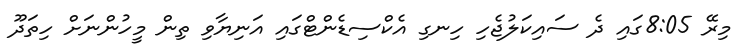
މިރޭ 8:05ގައި ދެ ސައިކަލުޖެހި ހިނގި އެކްސިޑެންޓްގައި އަނިޔާވި ތިން މީހުންނަށް ހިތަދޫ